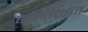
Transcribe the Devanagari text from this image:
बार्लोगंज